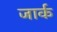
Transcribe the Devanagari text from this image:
जार्क